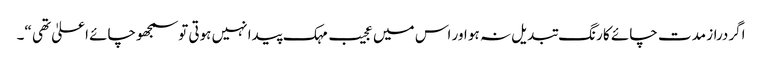
اگردراز مدت چائے کا رنگ تبدیل نہ ہو اور اس میں عجیب مہک پیدا نہیں ہوتی توسمجھوچائے اعلیٰ تھی “۔